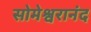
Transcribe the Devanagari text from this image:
सोमेश्वरानंद